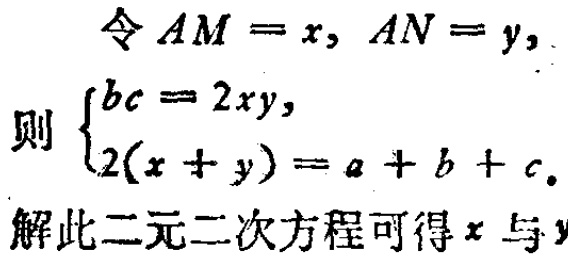
令 \(AM = x, AN = y,\)
则 \(\begin{cases}bc = 2xy,\\2(x + y)=a + b + c.\end{cases}\)
解此二元二次方程可得 \(x\) 与 \(y\)